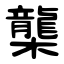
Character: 㰍